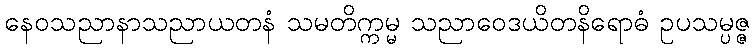
နေဝသညာနာသညာယတနံ သမတိက္ကမ္မ သညာဝေဒယိတနိရောဓံ ဥပသမ္ပဇ္ဇ